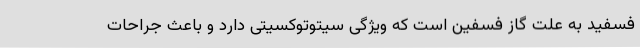
فسفید به علت گاز فسفین است که ویژگی سیتوتوکسیتی دارد و باعث جراحات